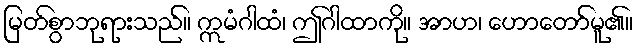
မြတ်စွာဘုရားသည်။ ဣမံဂါထံ၊ ဤဂါထာကို။ အာဟ၊ ဟောတော်မူ၏။